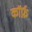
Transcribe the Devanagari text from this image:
कॉर्फ़